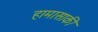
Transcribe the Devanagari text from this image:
हामासाकी